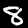
Digit: 8